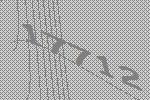
17712